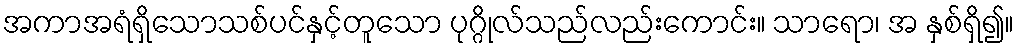
အကာအရံရှိသောသစ်ပင်နှင့်တူသော ပုဂ္ဂိုလ်သည်လည်းကောင်း။ သာရော၊ အ နှစ်ရှိ၍။